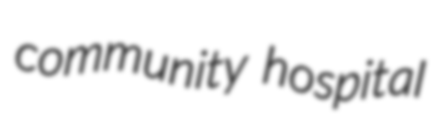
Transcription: community hospital